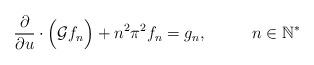
LaTeX: \begin{align*}\dfrac{\partial}{\partial u}\cdot\Big(\mathcal{G}f_n\Big)+n^2\pi^2f_n = g_n,\phantom{HHH} n\in\mathbb{N}^*\end{align*}